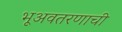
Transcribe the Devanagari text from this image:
भूअवतरणाची